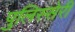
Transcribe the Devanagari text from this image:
पुलिस्सेरी